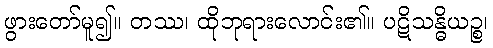
ဖွားတော်မူ၍။ တဿ၊ ထိုဘုရားလောင်း၏။ ပဋိသန္ဓိယဉ္စ၊